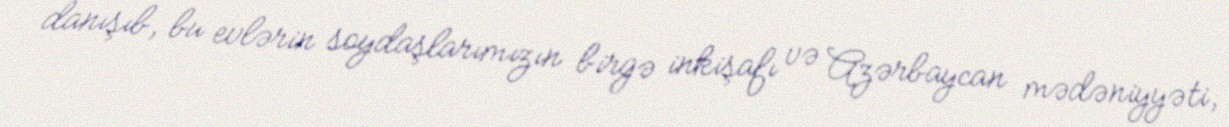
danışıb, bu evlərin soydaşlarımızın birgə inkişafı və Azərbaycan mədəniyyəti,